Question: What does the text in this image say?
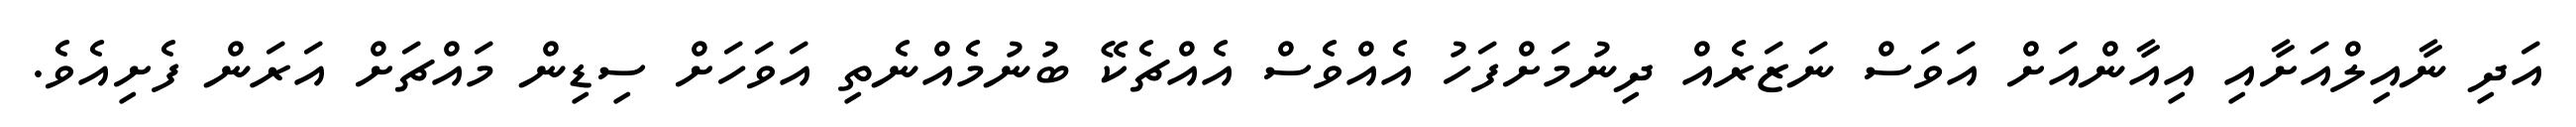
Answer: އަދި ނާއިލްއަށާއި އިއާންއަށް އަވަސް ނަޒަރެއް ދިނުމަށްފަހު އެއްވެސް އެއްޗެކޭ ބުނުމެއްނެތި އަވަހަށް ސިޑިން މައްޗަށް އަރަން ފެށިއެވެ.